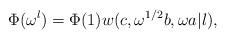
LaTeX: \begin{align*}\Phi(\omega^l)=\Phi(1)w(c,\omega^{1/2}b,\omega a|l),\end{align*}